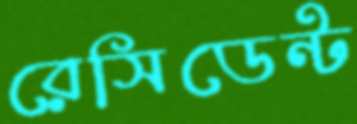
রেসিডেন্ট